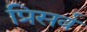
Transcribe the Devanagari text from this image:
प्रिसर्व